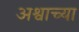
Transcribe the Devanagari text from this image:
अश्वाच्या